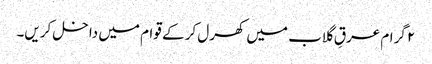
۲ گرام عرقِ گلاب میں کھرل کر کے قوام میں داخل کریں۔